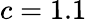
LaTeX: c=1.1